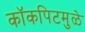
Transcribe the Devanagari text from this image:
कॉकपिटमुळे